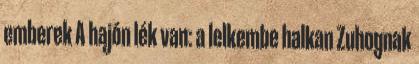
emberek A hajón lék van: a lelkembe halkan Zuhognak